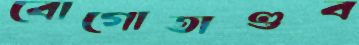
বোগোতাণ্ডব